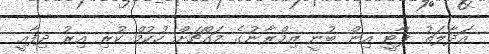
އަދާލަތު ޕާޓީ އިން ބުނީ އިމްރާނުގެ މައްޗަށް ހުކުމް ކުރި އިރު ދިފާއީ